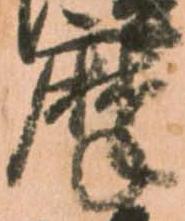
摩